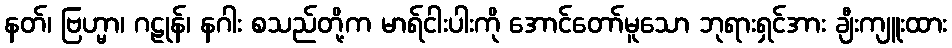
နတ်၊ ဗြဟ္မာ၊ ဂဠုန်၊ နဂါး စသည်တို့က မာရ်ငါးပါးကို အောင်တော်မူသော ဘုရားရှင်အား ချီးကျူးထား